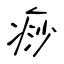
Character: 痧